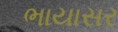
ભાયાસર